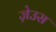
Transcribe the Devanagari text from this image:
ज़ेउस